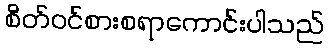
စိတ်ဝင်စားစရာကောင်းပါသည်